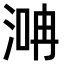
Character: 𣶞